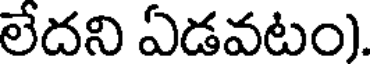
లేదని ఏడవటం).